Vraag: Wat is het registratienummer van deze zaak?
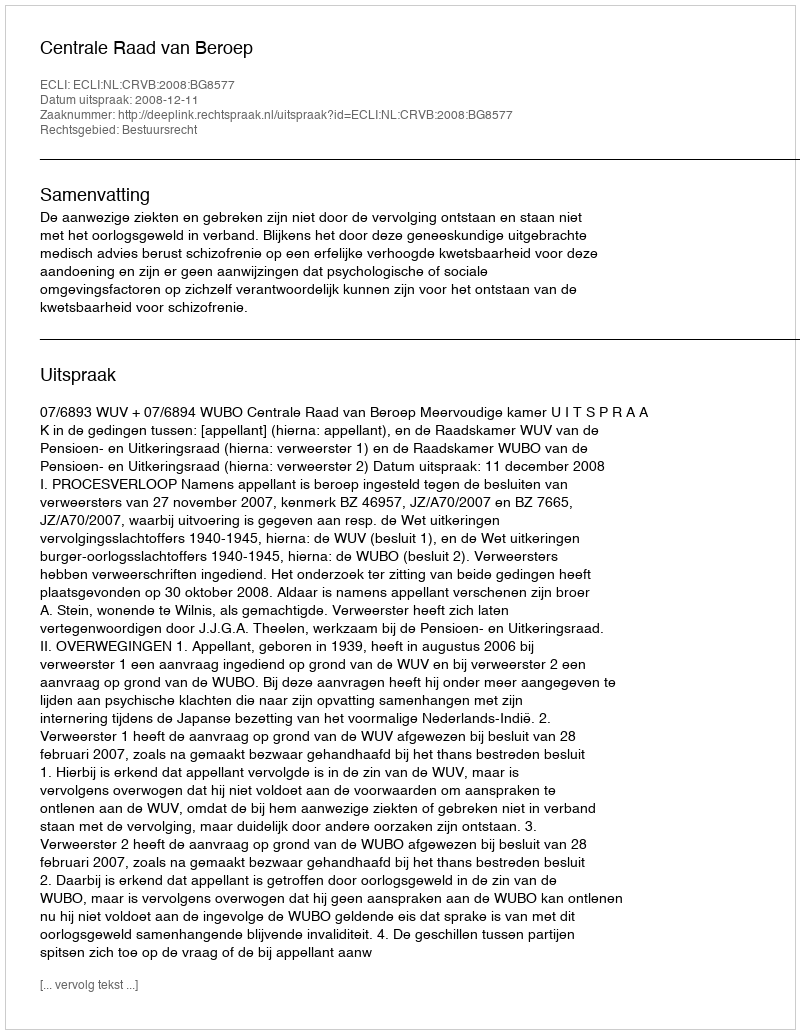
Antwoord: http://deeplink.rechtspraak.nl/uitspraak?id=ECLI:NL:CRVB:2008:BG8577